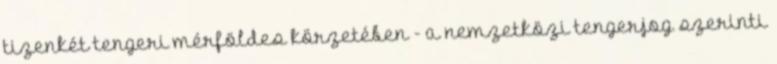
tizenkét tengeri mérföldes körzetében - a nemzetközi tengerjog szerinti